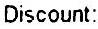
DISCOUNT: